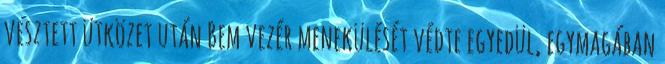
vesztett ütközet után Bem vezér menekülését védte egyedül, egymagában